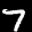
Label: 7